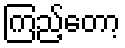
ကြည့်တော့